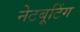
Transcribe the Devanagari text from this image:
नेटबूटिंग